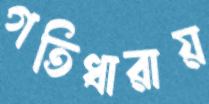
গতিধারায়